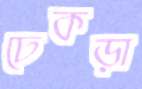
ঢেকড়া